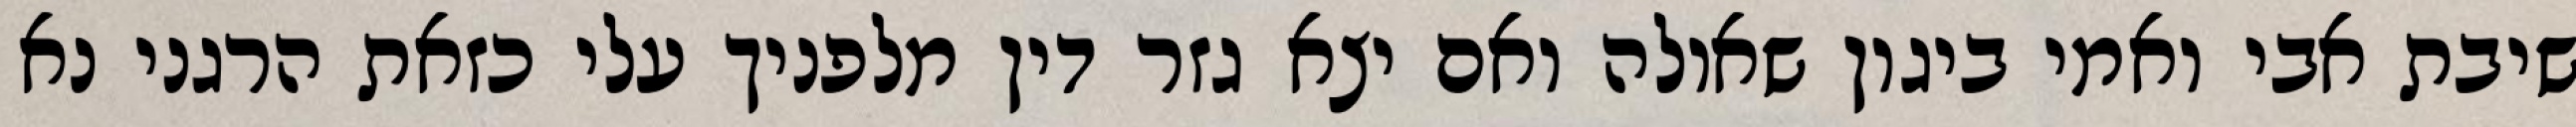
שיבת אבי ואמי ביגון שאולה ואם יצא גזר דין מלפניך עלי כזאת הרגני נא